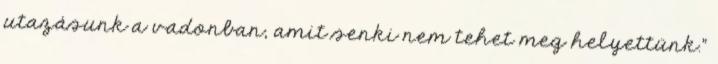
utazásunk a vadonban, amit senki nem tehet meg helyettünk."